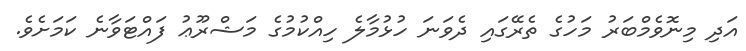
އަދި މިނޮވެމްބަރު މަހުގެ ތެރޭގައި ދެވަނަ ހުޅުމާލެ ހިއްކުމުގެ މަޝްރޫޢު ފައްޓަވާނެ ކަމަށެވެ.